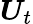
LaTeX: \boldsymbol{U}_{t}